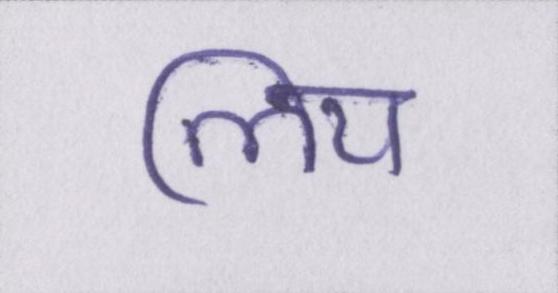
लिय